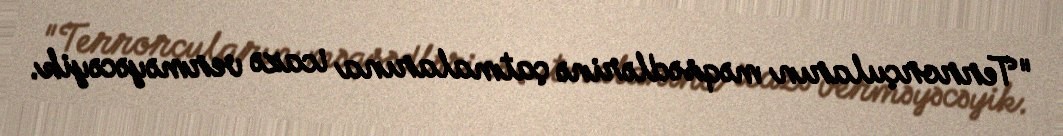
"Terrorçuların məqsədlərinə çatmalarına icazə verməyəcəyik.